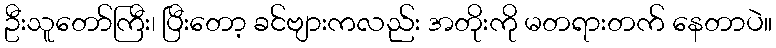
ဦးသူတော်ကြီး၊ ပြီးတော့ ခင်ဗျားကလည်း အတိုးကို မတရားတက် နေတာပဲ။